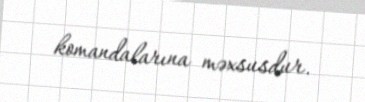
komandalarına məxsusdur.